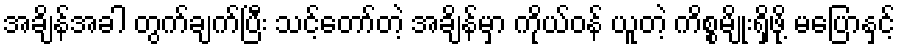
အချိန်အခါ တွက်ချက်ပြီး သင့်တော်တဲ့ အချိန်မှာ ကိုယ်ဝန် ယူတဲ့ ကိစ္စမျိုးရှိဖို့ မပြောနှင့်